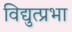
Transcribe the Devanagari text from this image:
विद्युत्प्रभा